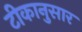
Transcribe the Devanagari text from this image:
टीकानुसार